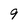
Character: 9